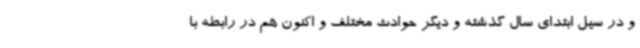
و در سیل ابتدای سال گذشته و دیگر حوادث مختلف و اکنون هم در رابطه با